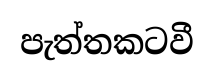
පැත්තකටවී